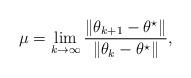
LaTeX: \begin{align*} \mu = \lim_{k\to\infty} \frac{\|\theta_{k+1} - \theta^\star\|}{\|\theta_k - \theta^\star\|},\end{align*}